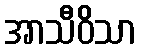
အာသီဝိသာ